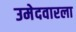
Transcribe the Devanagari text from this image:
उमेदवारला